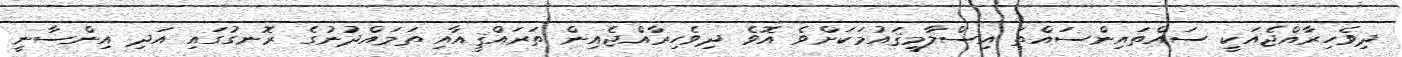
ދިވެހިރާއްޖެއަކީ ސައްތައިންސައްތަ އިސްލާމީޤައުމަކަށްވެ އޮވެ ދިވެހިރާއްޖެއިން ތަރައްޤީއާއި ތަމައްދުނުގެ ރޮނގުގައި އަދި އިންސާނީ